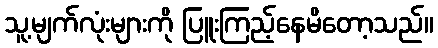
သူ့မျက်လုံးများကို ပြူးကြည့်နေမိတော့သည်။